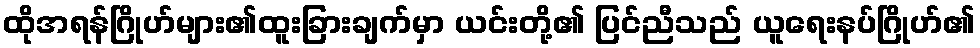
ထိုအရန်ဂြိုဟ်များ၏ထူးခြားချက်မှာ ယင်းတို့၏ ပြင်ညီသည် ယူရေးနပ်ဂြိုဟ်၏